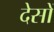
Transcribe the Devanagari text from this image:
देसों